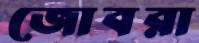
জোবরা